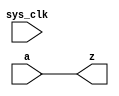
module twoniv
(
	output z,
	input a,
	input sys_clk
);

/*reg r_z = 1'b0;

assign z = r_z;

always @(posedge sys_clk)
begin
	r_z <= a;
end*/

assign z = a;


endmodule